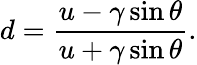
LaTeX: d=\frac{u-\gamma\sin\theta}{u+\gamma\sin\theta}.